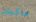
ماكياج